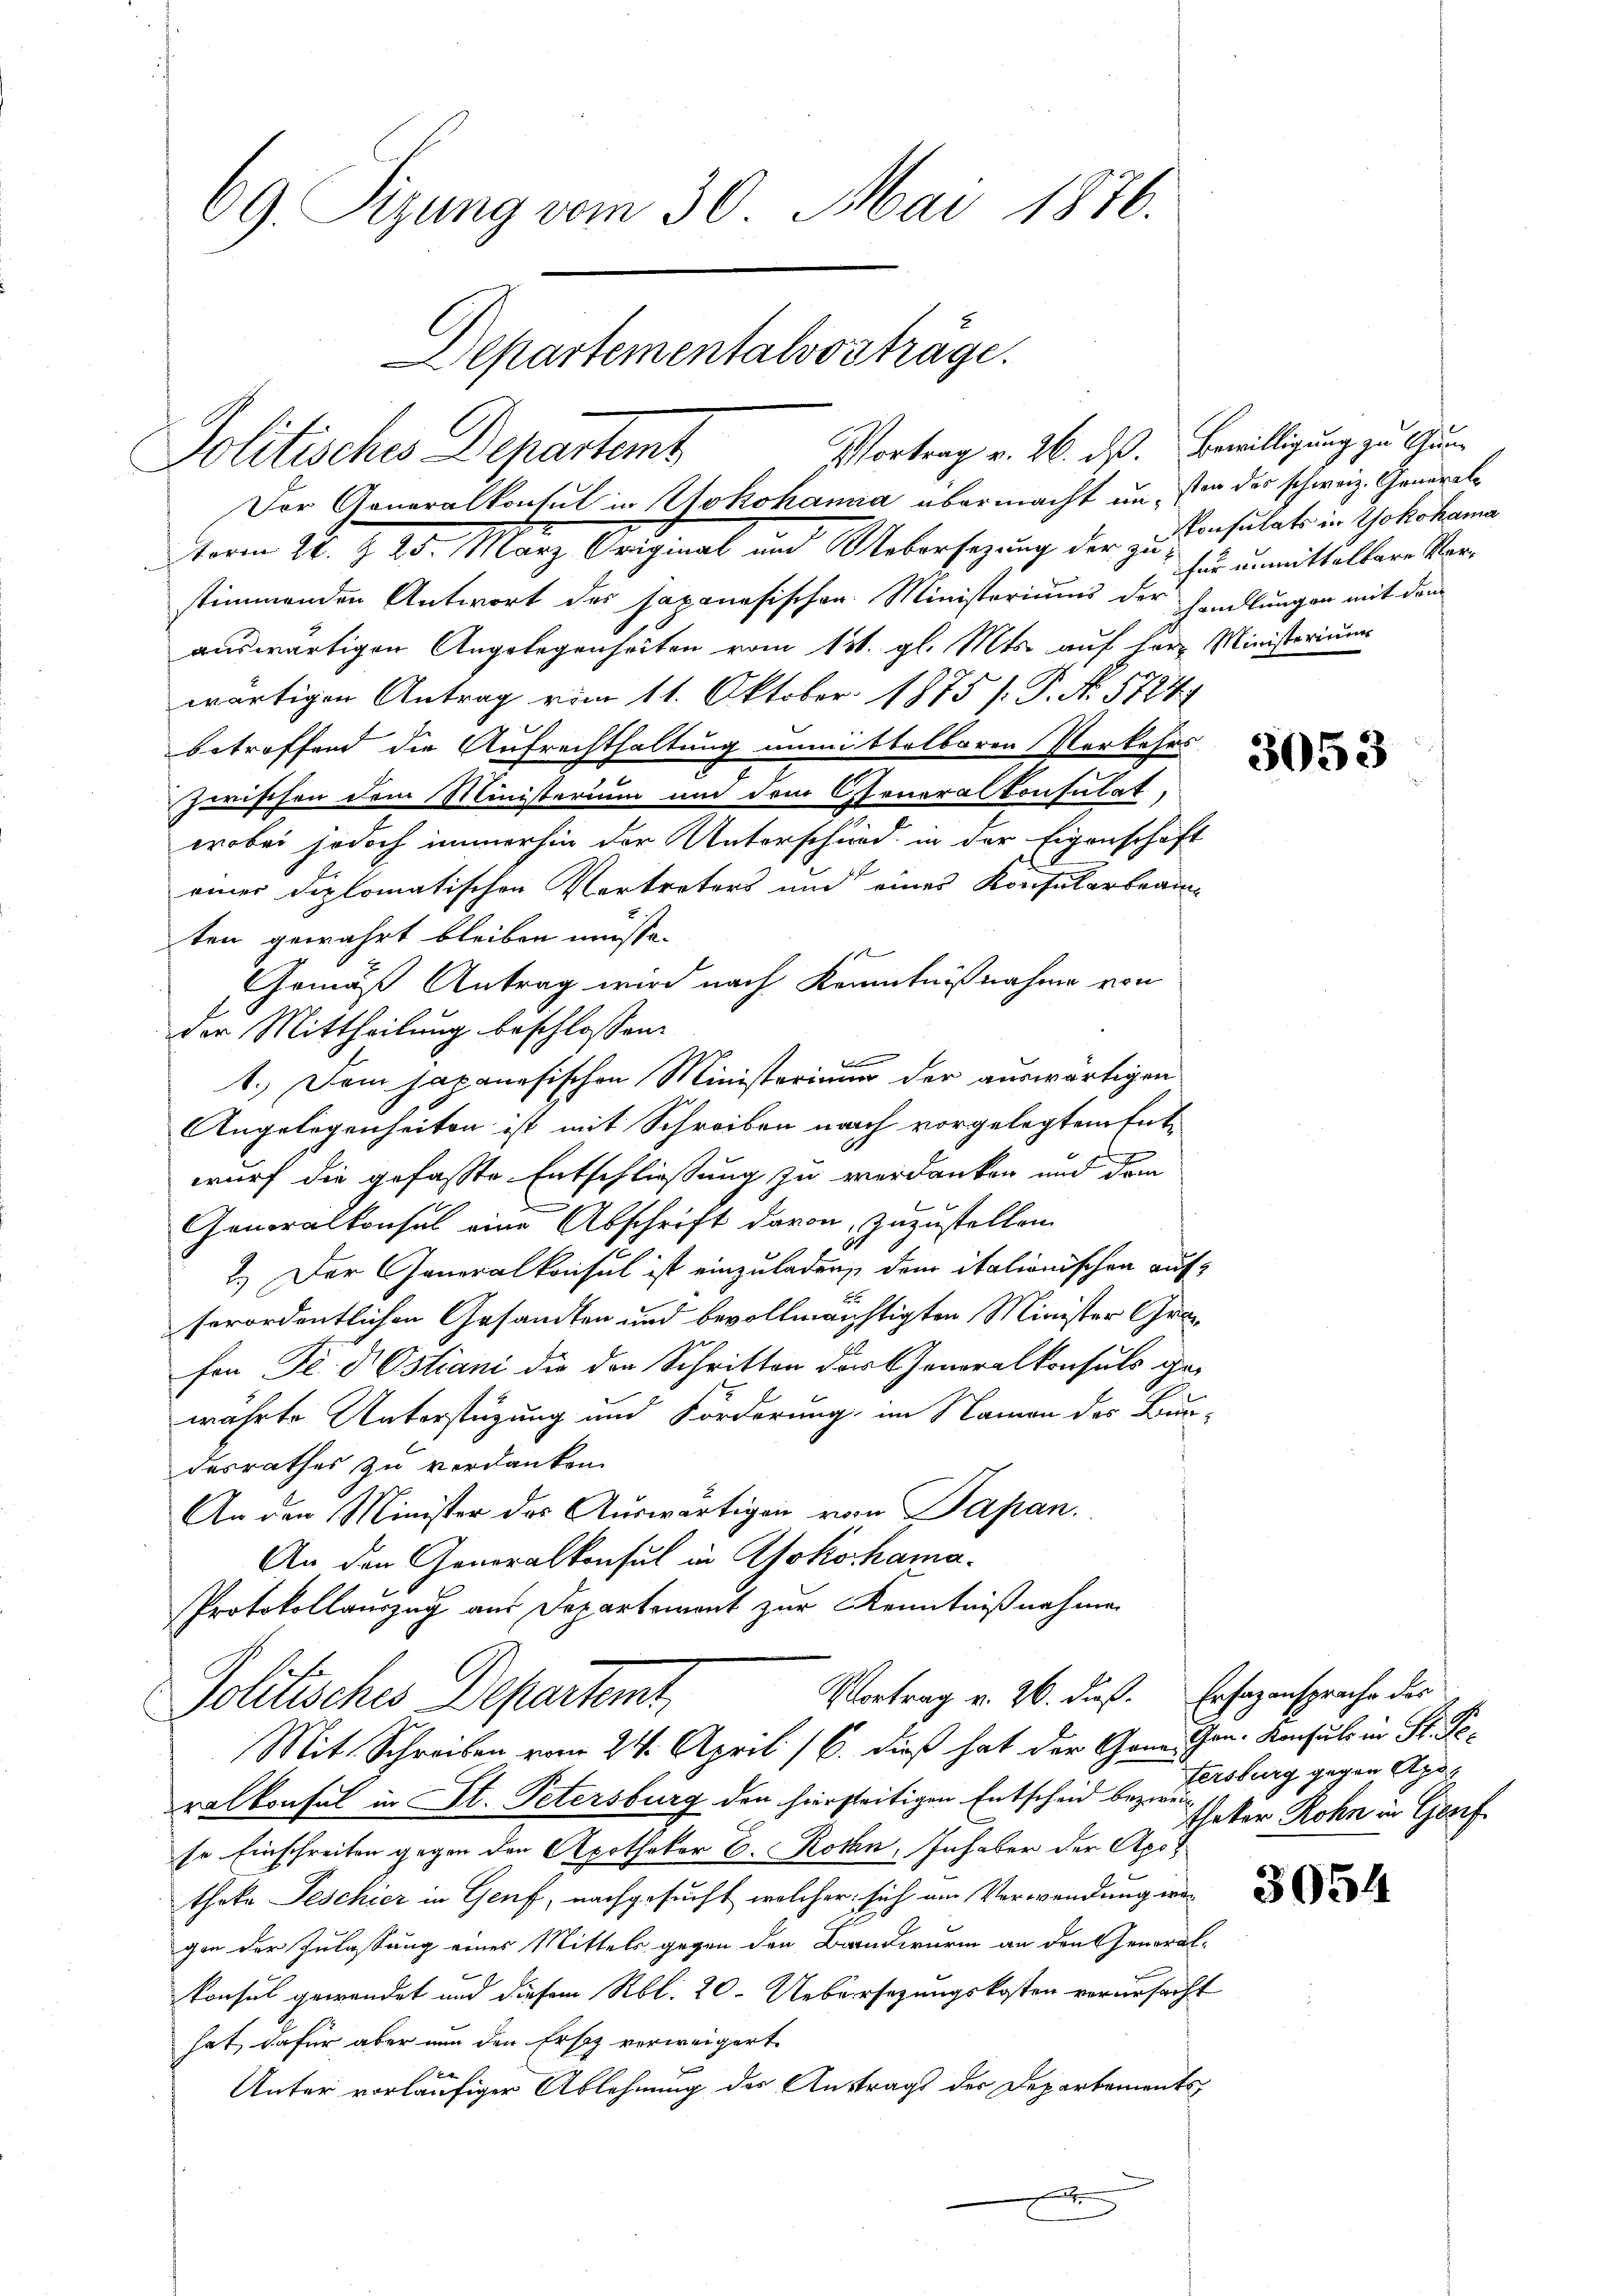
69. Sizung vom 30. Mai 1876.
Departementalvorträge.
Vortrag v. 26. dß. Bewilligung zu Gun¬
Politisches Departemt
Der Generalkonsul in Yokohama übermacht an, son der schweiz. General¬

term 24. d. 20. März Original und Uebersezung der zu insulat in Gotikon
stimmenden Antwort des japanesischen Ministeriums der handlungen mit dem
auswärtigen Angelegenheiten vom 13. gl. Mts. auf Herr Ministeriums
wärtigen Antrag vom 11. Oktober 1875 /: P. No. 5724.
betreffend die Aufrechthaltung unmittelbaren Verkehrs
einer diplomatischen Vertreters und eines Konsularbeamten gewährt bleiben müsse.
Gemäß Antrag wird nach Kenntnißnahme von
der Mittheilung beschlossen:
br
1.) Dem japanesischen Ministerium der auswärtigen
Angelegenheiten ist mit Schreiben nach vorgelegtem Ent-
wurf die gefasste Entschließung zu verdanken und dem
Generalkonsul eine Abschrift davon, zuzustellen.
2.) Der Generalkonsul ist einzuladen, dem italionischen aufserordentlichen Gesandten und bevollmächtigten Minister Grafon Fr. Dr Ostiani die der Schritten der Generalkonsuls ge-
währte Unterstüzung und Förderung, im Namen des Bur-
desrathes zu verdanken.
An den Minister das Auswärtigen vom Papan.
An den Generalkonsul in Yokohama¬
Protokollauszug aus Departement zur Kenntnißnahme

zwischen dem Ministerium um dem Generalkonsulat,

wobei jedoch immerhin der Unterschied in der Eigenschaft

Vortrag v. 26. dieß. Er sagensprache des
Politisches Departemt,
Mit Schreiben vom 24. April 16. dieß hat der Gener Thon. Konsuls in St. Ge¬

ralkonsul in St. Petersburg den hierseitigen Entscheid bezwei
se Einschreiten gegen den Apotheker E. Rothen. Inhaber der Apo
theke Geschier in Genf, nachgesucht, welcher sich am Verwendung war
gen der Zulassung eines Mittels gegen den Bandwurm an den Generalkonsul gewendet und diesem Rbl. 20. Uebersezungskosten verursacht
hat, dafür aber nun den Ersez verweigert.
Unter vorläufiger Ablehnung der Anstrags der Departementsx

für unmittelbare Ver¬

3053

tersburg gegen Apo
theker Rohn in Gesch

3054